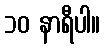
၁၀ နာရီပါ။